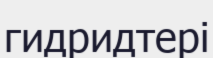
гидридтері